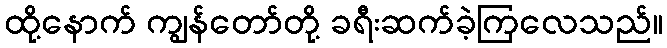
ထို့နောက် ကျွန်တော်တို့ ခရီးဆက်ခဲ့ကြလေသည်။